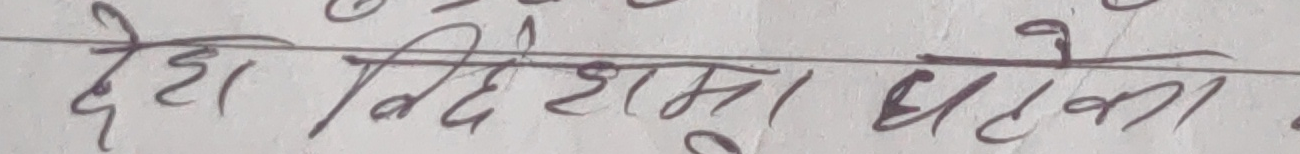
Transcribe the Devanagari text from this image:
देश विदेशमा दुर्घटना